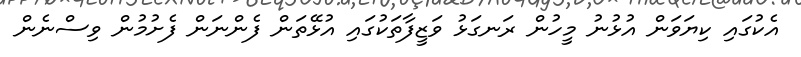
އެކުގައި ކިޔަވަން އުޅުނު މީހުން ރަނގަޅު ވަޒީފާތަކުގައި އުޅޭތަން ފެންނަން ފެށުމުން ވިސްނެން